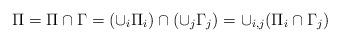
LaTeX: \begin{align*} \Pi=\Pi\cap \Gamma=(\cup_{i} \Pi_{i})\cap (\cup_{j} \Gamma_{j})=\cup_{i,j}(\Pi_{i}\cap \Gamma_{j})\end{align*}